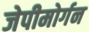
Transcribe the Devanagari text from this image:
जेपीमोर्गन